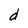
Character: d